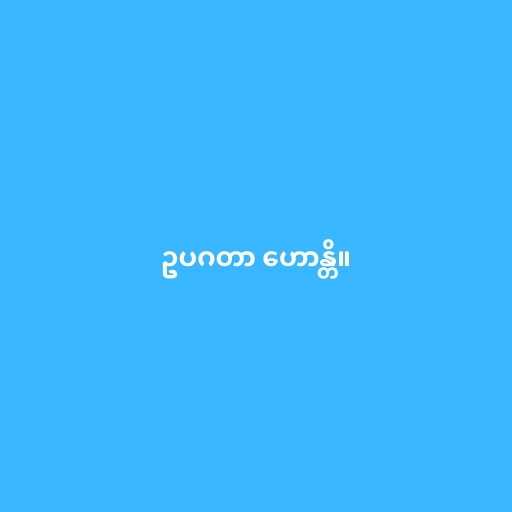
ဥပဂတာ ဟောန္တိ။